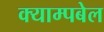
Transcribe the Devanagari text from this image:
क्याम्पबेल